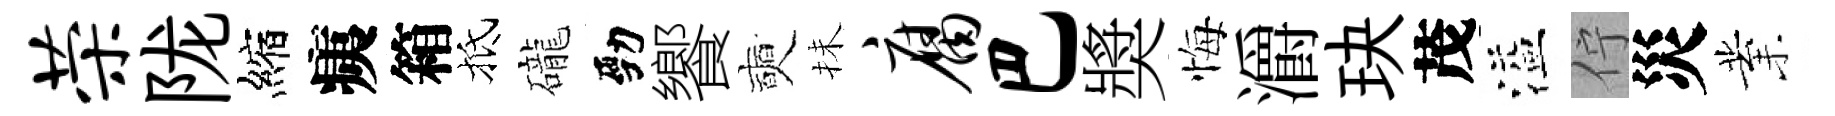
荣陇縮痍箱抵礲勁饗奭抺腐巴奬悔灂玦茂溢佇災業